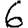
Digit: 6